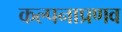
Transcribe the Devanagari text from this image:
कल्पनाप्रणव